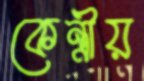
কেন্ত্রীয়